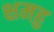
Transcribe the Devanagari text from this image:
क्षमहु